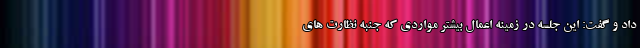
داد و گفت: این جلسه در زمینه اعمال بیشتر مواردی که جنبه نظارت های